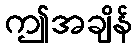
ဤအချိန်